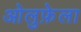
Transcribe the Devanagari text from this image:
ओलुफ़ेला